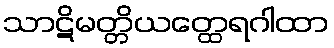
သာဋိမတ္တိယတ္ထေရဂါထာ